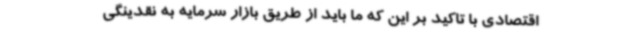
اقتصادی با تاکید بر این که ما باید از طریق بازار سرمایه به نقدینگی